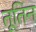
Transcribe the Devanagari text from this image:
तूतिन